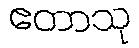
ဧတာသု